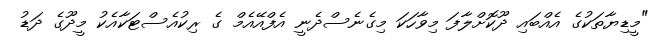
"މީޑިޔާތަކުގެ އެއްބައި ދޫކޮށްލާފަ މިވާހަކަ މިގެނެސްދެނީ އެފްއޭއެމް ގެ ރިކުއެސްޓަކާއެކު މީދޫގެ ދަޑު